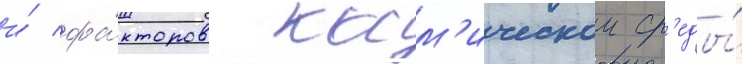
и́ фа́кторов косм'ическои ср'еды́